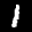
Label: 1